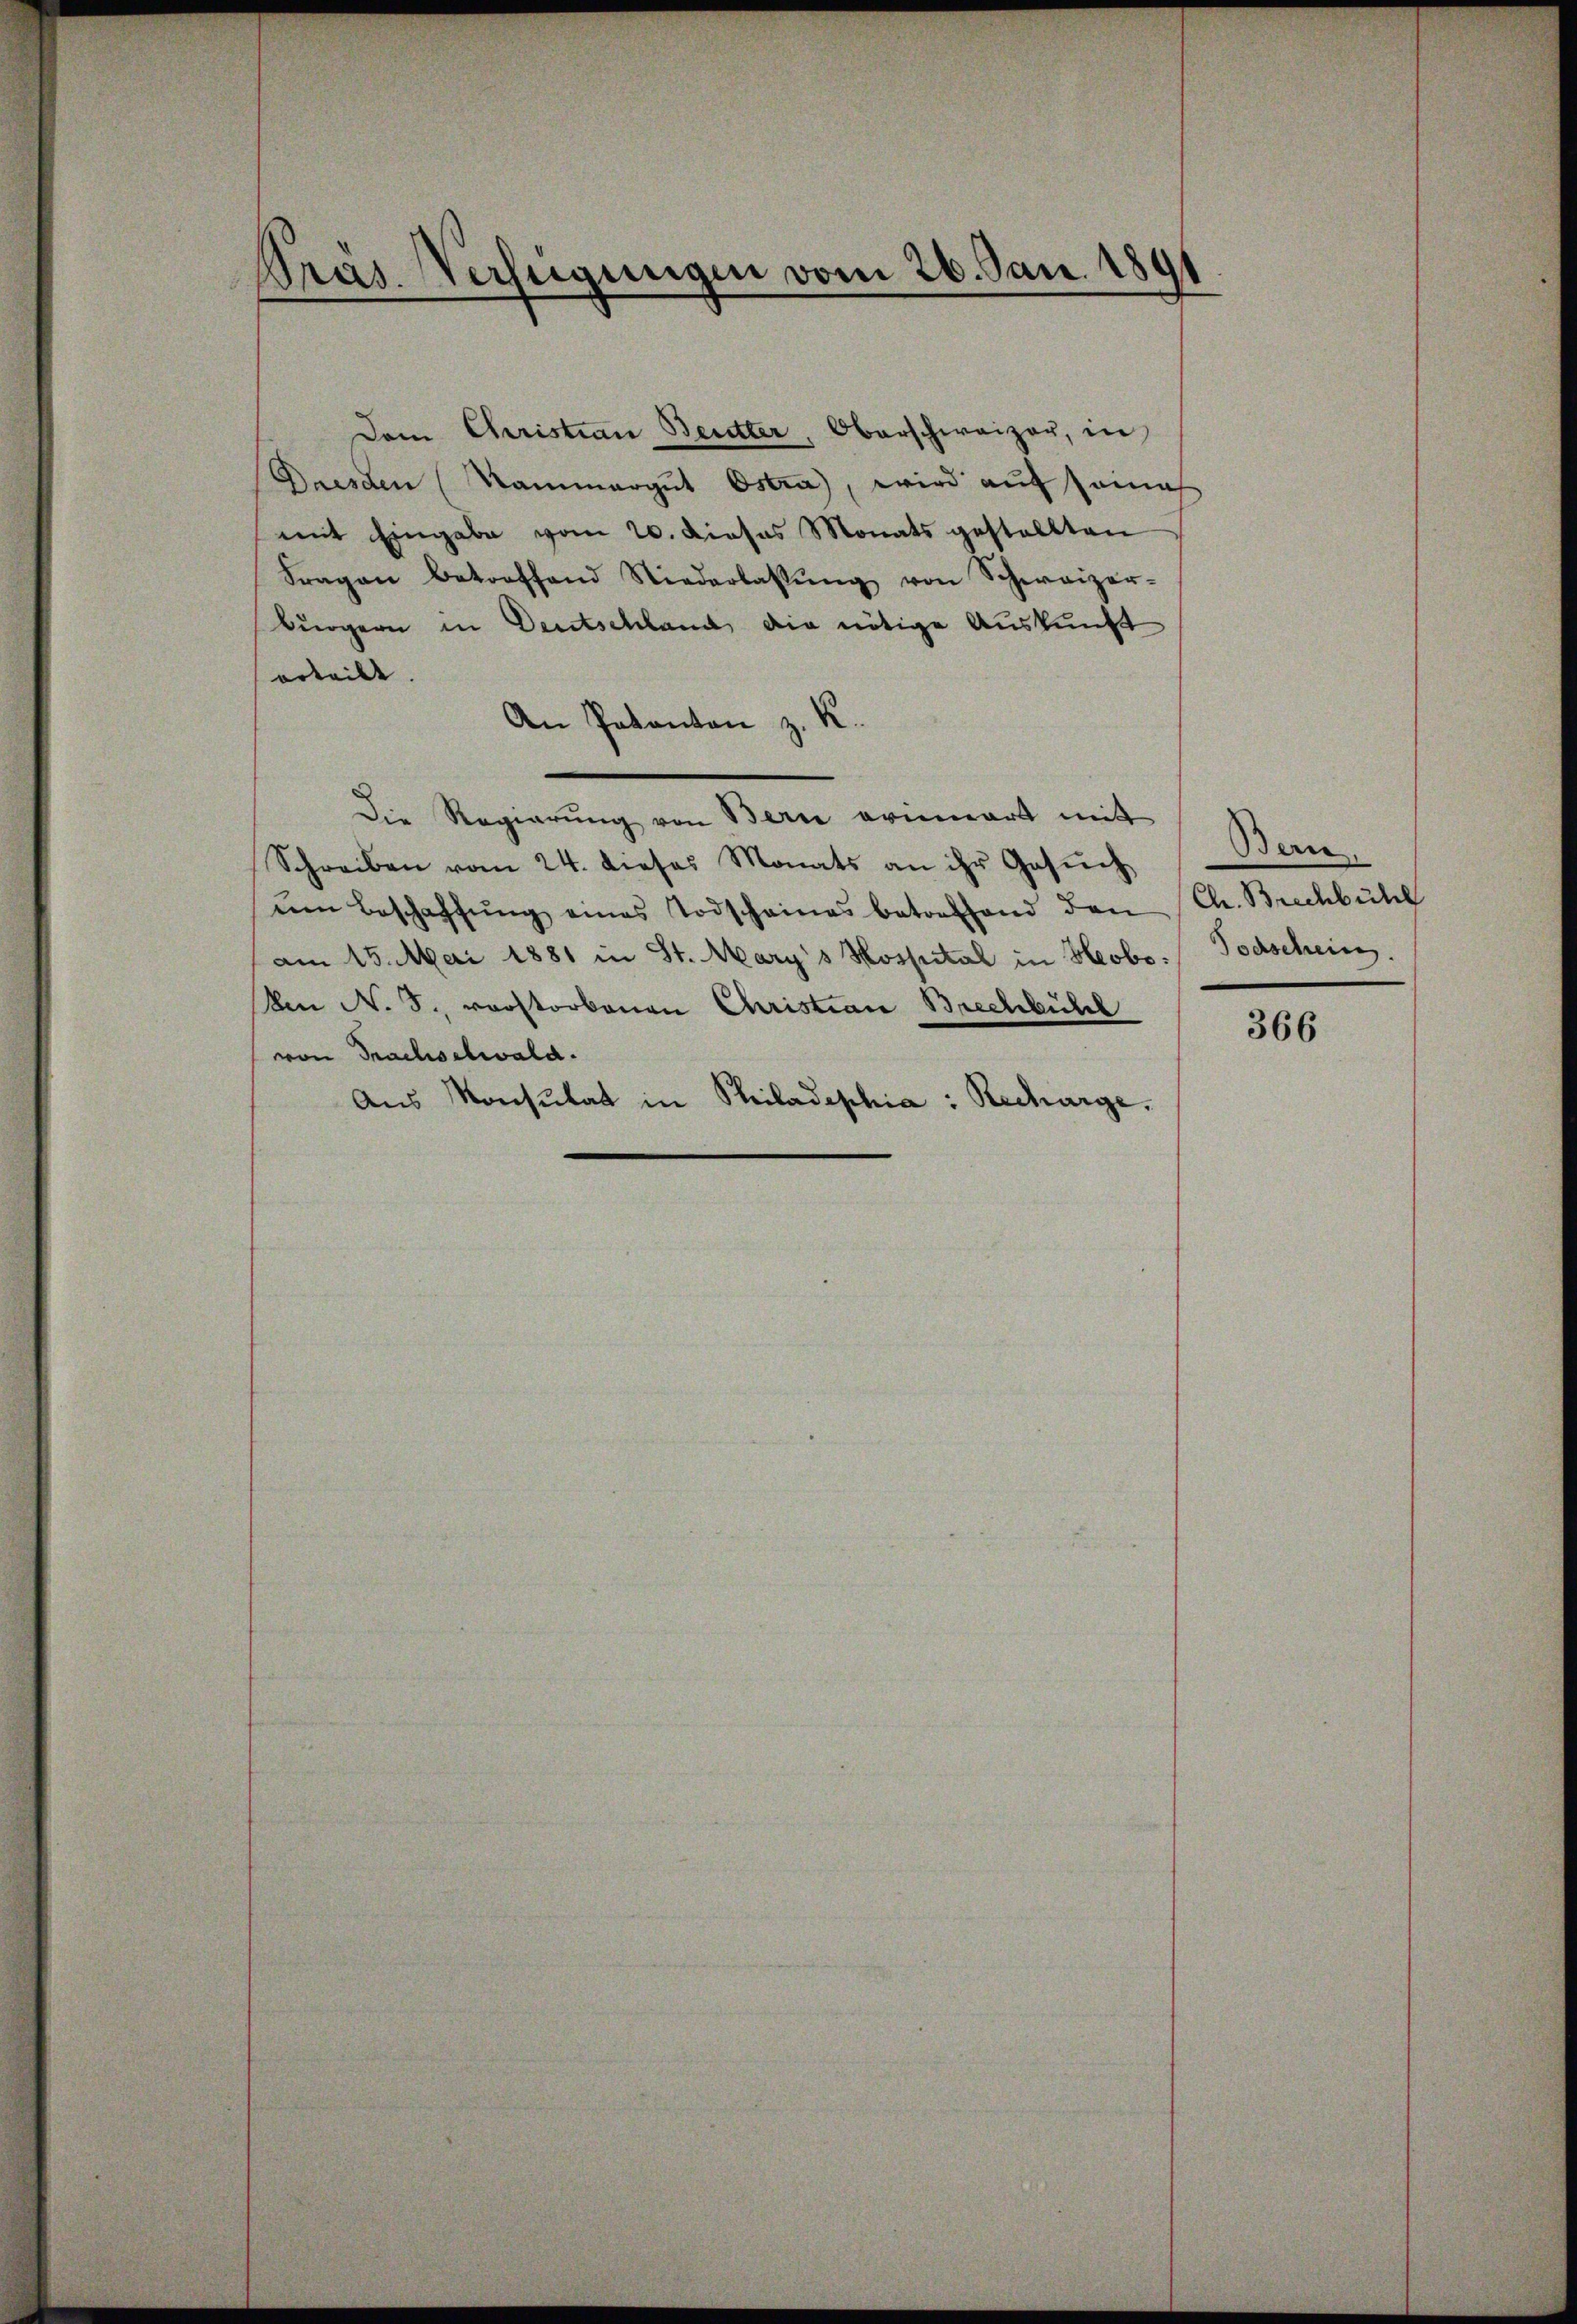
Präs. Verfügungen vom 26. Jan. 189

Dem Christian Beutter, Oberschweizer, in
Dresden Kammergut Ostra, wird auf seine
mit Eingabe vom 20. Dieses Monats gestellten
Fragen betroffend Niederlassŭng von Schweizer-
bürgern in Deutschland die nötige Auskunft
erteilt.
An Pakanton z. K.
Die Regierŭng von Bern erinnert mit
Schreiben vom 24. dieses Monats an ihr Gesŭch
ŭm Beschaffŭng eines Todschaines betreffend den Ch. Brechbühl
am 15. Mai 1881 in St. Mary's Hospital in Heobo- Todschein.
Amn N. S. vorstorbenen Christian Brechbühl
von Trachselwald.
Aus Konsulat in Philadephia : Recharge.

Bern

366